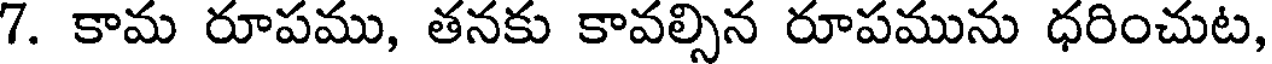
7. కామ రూపము, తనకు కావల్సిన రూపమును ధరించుట,